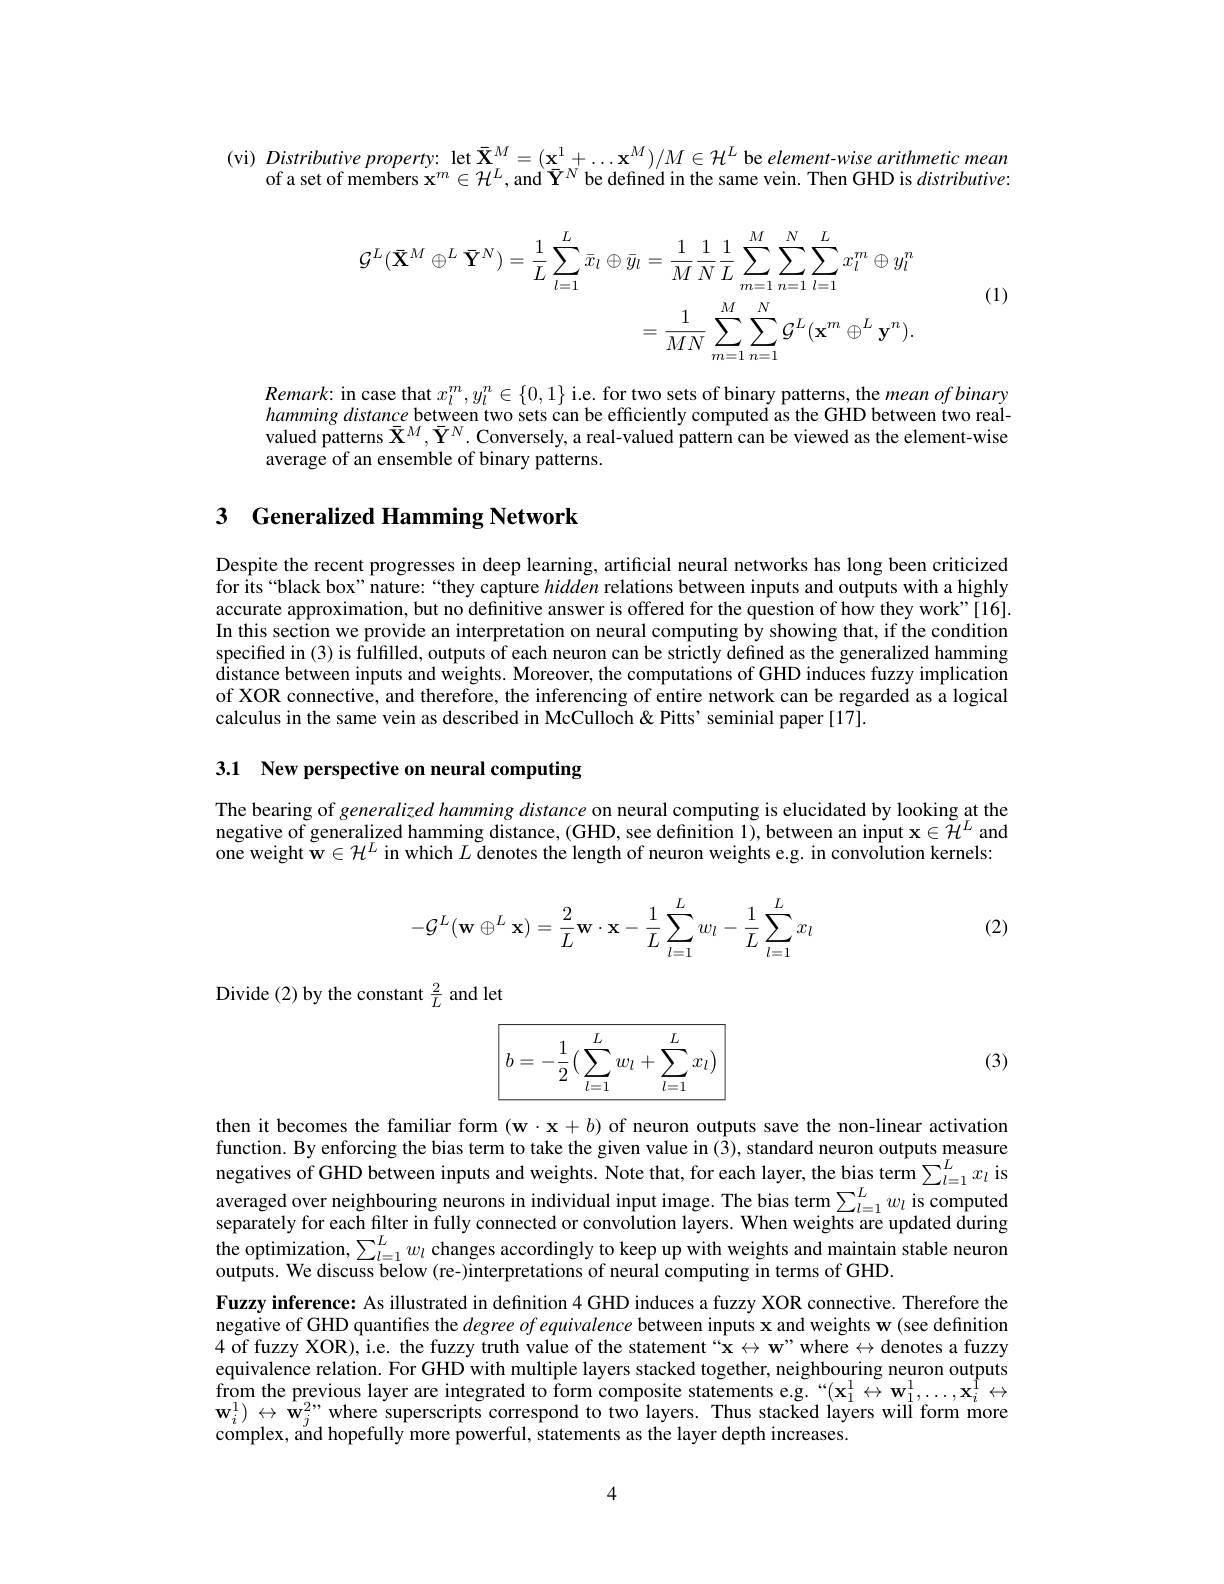
(vi) Distributive property: let $\bar{\mathbf{X}}^M=(\mathbf{x}^1+\ldots\mathbf{x}^M)/M\in\mathcal{H}^L$ be element-wise arithmetic mean
of a set of members $\mathbf{x}^m\in\mathcal{H}^L$,and $\bar{\mathbf{Y}}^N$ be defined in the same vein. Then GHD is distributive
$$\begin{aligned}\mathcal{G}^{L}(\bar{\mathbf{X}}^{M}\oplus^{L}\bar{\mathbf{Y}}^{N})&=\frac{1}{L}\sum_{l=1}^{L}\bar{x}_{l}\oplus\bar{y}_{l}=\frac{1}{M}\frac{1}{N}\frac{1}{L}\sum_{m=1}^{M}\sum_{n=1}^{N}\sum_{l=1}^{L}x_{l}^{m}\oplus y_{l}^{n}\\&=\frac{1}{MN}\sum_{m=1}^{M}\sum_{n=1}^{N}\mathcal{G}^{L}(\mathbf{x}^{m}\oplus^{L}\mathbf{y}^{n}).\end{aligned}$$
(1)

$Remark:$ in case that $x_l^m,y_l^n\in\{0,1\}$ i.e. for two sets of binary patterns, the mean of binary hamming distance between two sets can be efficiently computed as the GHD between two realvalued patterns $\bar{\mathbf{X}}^{M},\bar{\mathbf{Y}}^{N}.$ Conversely, a real-valued pattern can be viewed as the element-wise average of an ensemble of binary patterns.

## 3 Generalized Hamming Network

Despite the recent progresses in deep learning, artificial neural networks has long been criticized for its “black box” nature:“they capture hidden relations between inputs and outputs with a highly accurate approximation, but no definitive answer is offered for the question of how they work"[16]. In this section we provide an interpretation on neural computing by showing that, if the condition specified in (3) is fulfilled, outputs of each neuron can be strictly defined as the generalized hamming $\bar{\text{distance between inputs and weights. Moreover, the computations of GHD induces fuzzy implication}}$ of XOR connective, and therefore, the inferencing of entire network can be regarded as a logical calculus in the same vein as described in McCulloch & Pitts' seminial paper [17].

3.1 New perspective on neural computing

The bearing of generalized hamming distance on neural computing is elucidated by looking at the negative of generalized hamming distance, (GHD, see definition 1), between an input $\mathbf{x}\in\breve{\mathcal{H}}^L$ and one weight $\mathbf{w}\in\mathcal{H}^L$ in which $L$ denotes the length of neuron weights e.g. in convolution kernels:
$$-\mathcal{G}^L(\mathbf{w}\oplus^L\mathbf{x})=\frac{2}{L}\mathbf{w}\cdot\mathbf{x}-\frac{1}{L}\sum\limits_{l=1}^Lw_l-\frac{1}{L}\sum\limits_{l=1}^Lx_l$$
(2)

Divide (2) by the constant $\frac{2}{L}$ and let

(3)
$$\boxed{b=-\dfrac{1}{2}\big(\sum\limits_{l=1}^{L}w_l+\sum\limits_{l=1}^{L}x_l\big)}$$
then it becomes the familiar form $(\mathbf{w}\cdot\mathbf{x}+b)$ of neuron outputs save the non-linear activation function. By enforcing the bias term to take the given value in (3), standard neuron outputs measure negatives of GHD between inputs and weights. Note that, for each layer, the bias term $\sum_{l=1}^Lx_l$ is averaged over neighbouring neurons in individual input image. The bias term$\sum_l=1^Lw_l$ is computeds serin $\sum_l=1^Lw_l$ is computed separately for each filter in fully connected or convolution layers. When weights are updated during the optimization, $\sum_l=1^Lw_l$ changes accordingly to keep up with weights and maintain stable neuron outputs. We discuss below (re-)interpretations of neural computing in terms of GHD.
Fuzzy inference: As illustrated in definition 4 GHD induces a fuzzy XOR connective. Therefore the negative of GHD quantifies the $degree\textit{ofequivalence between inputs x and weights w( see definitiontiontis prestis w ( see definitiontis pres tinputis w ( see definitiontis pres tin pres tin pres tin pres tin pres w tin pres w tin pres w tin pres w tin pre}$ 4 of fuzzy XOR), i.e. the fuzzy truth value of the statement “x $\leftrightarrow\mathbf{w"where}\leftrightarrow$ denotes a fuzzy equivalence relation. For GHD with multiple layers stacked together, neighbouring neuron outputs from the previous layer are integrated to form composite statements e.g.“(x$_1^1\leftrightarrow\mathbf{w}_1^1,\ldots,\mathbf{x}_i^1\leftrightarrow$ $\mathbf{w}_i^1)\leftrightarrow\mathbf{w}_j^{2,"where~superscripts~correspond~to~two~layers.~Thus~stacked~layers~will~form~more}$ complex, and hopefully more powerful, statements as the layer depth increases

4